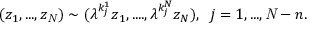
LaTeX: ( z _ { 1 } , . . . , z _ { \it N } ) \sim ( { \lambda } ^ { k _ { j } ^ { 1 } } z _ { 1 } , . . . . , { \lambda } ^ { k _ { j } ^ { N } } z _ { N } ) , \, \, \, j = 1 , . . . , { \it N } - n .